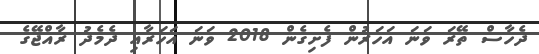
ދެހާސް ތޭރަ ވަނަ އަހަރުން ފެށިގެން 2018 ވަނަ އަހަރާއި ދެމެދު ރާއްޖޭގެ